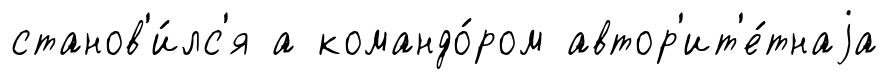
станов'и́лс'я а командо́ром автор'ит'е́тнаjа